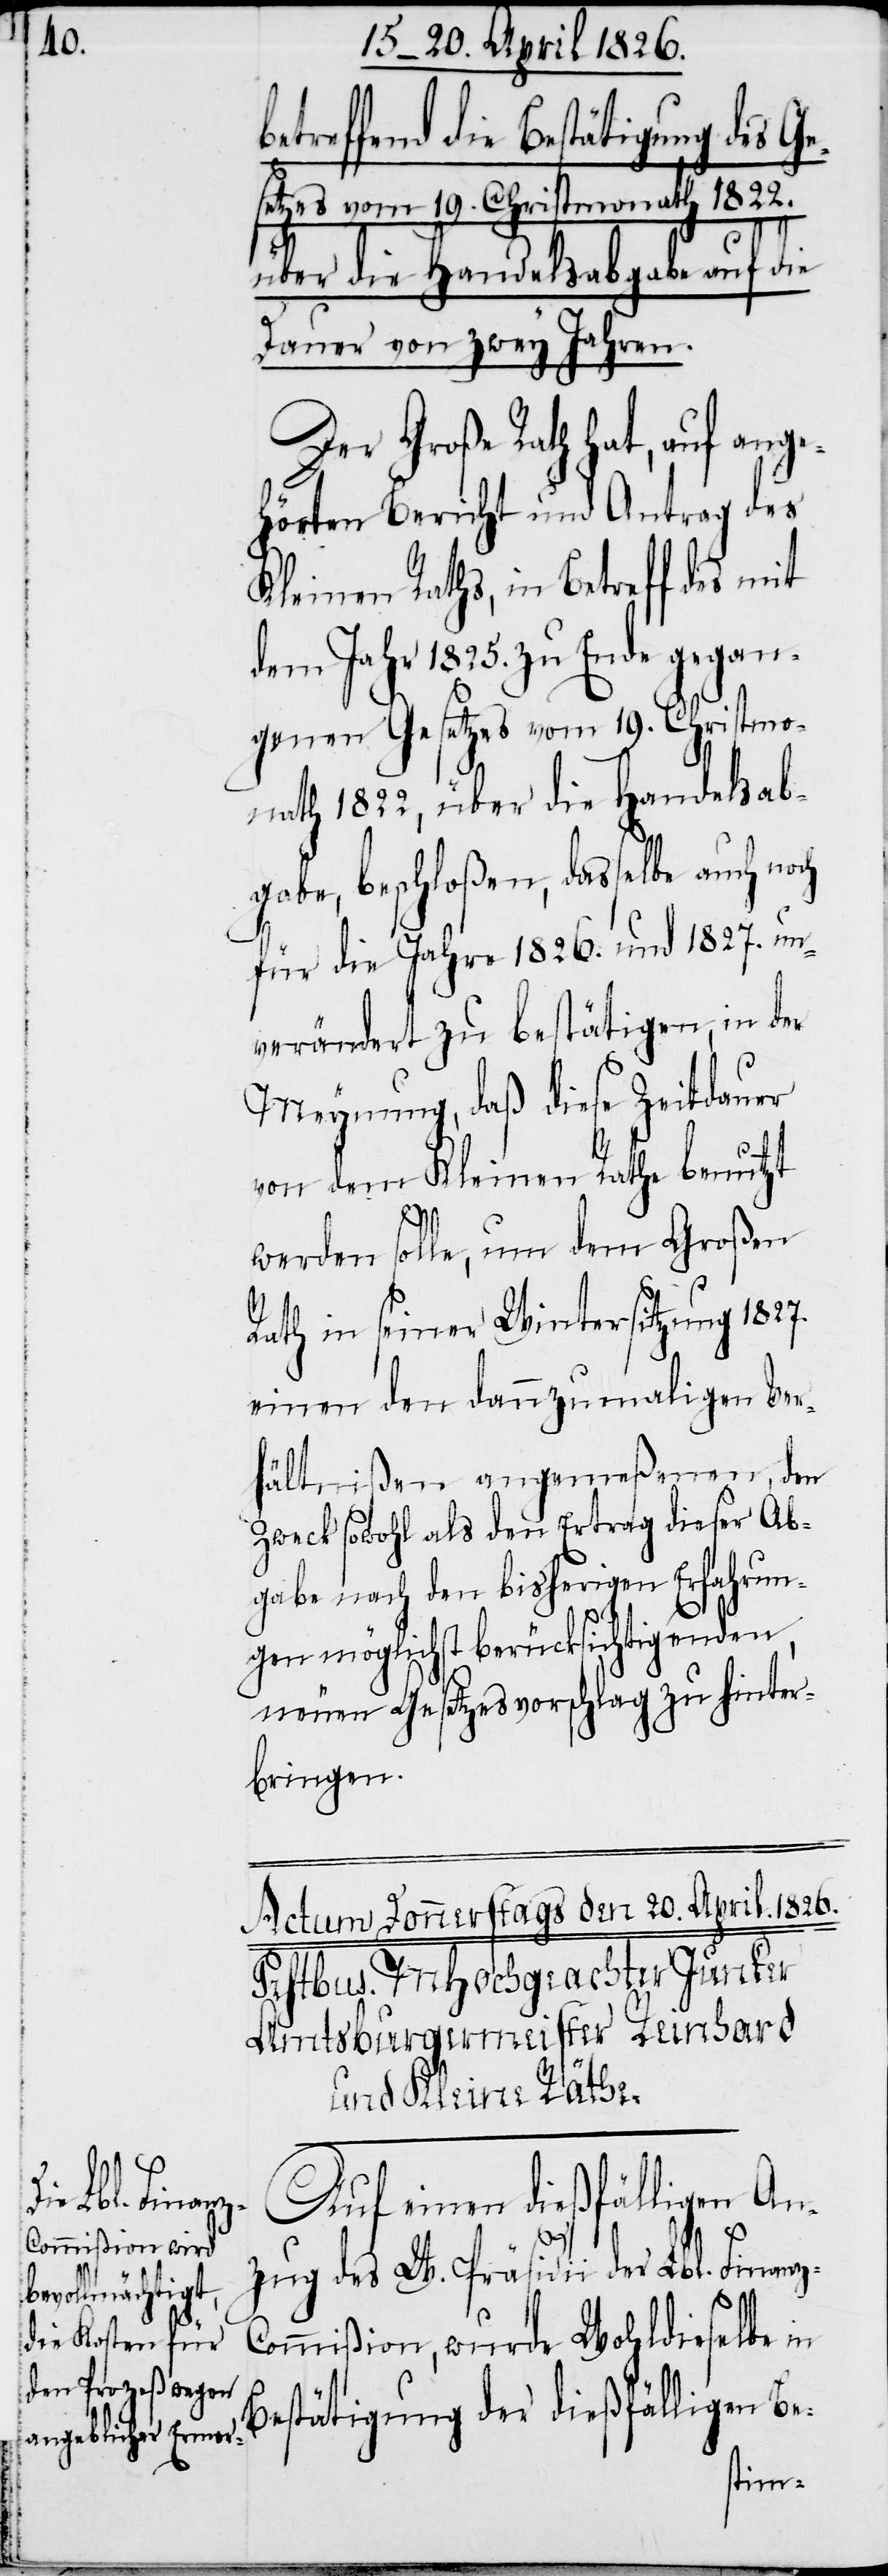
etreffend die Bestätigung
des Ge¬
setzes vom 19. Christmonath 1822.
über die Handelsabgabe auf die
Dauer von zwey Jahren.
Der Großen Rath hat, auf ange¬
hörten Bericht und Antrag des
Kleinen Raths, in Betreff des mit
dem Jahr 1825. zu Ende gegan¬
genen Gesetzes vom 19. Christmo¬
nath 1822, über die Handelsab¬
gabe, beschloßen, dasselbe auch noch
für die Jahre 1826. und 1827. un¬
verändert zu bestätigen, in der
Meynung, daß diese Zeitdauer
von dem Kleinen Rathe benutzt
z-C¬
werden solle, um dem Großen
Rath in seiner Wintersitzung 1827.
einen den dannzumaligen Ver¬
hältnißen angemeßenen, den
Zweck sowohl als den Ertrag dieser Ab¬
gabe nach den bisherigen Erfahrun¬
gen möglichst berücksichtigenden,
neuen Gesetzesvorschlag zu hinter¬
bringen.
Auf einen dießfälligen An¬
zug des W. Präsidii der Lbl. Finan¬
ommißion, wurde Wohldieselbe in
Bestätigung der dießfälligen Be-